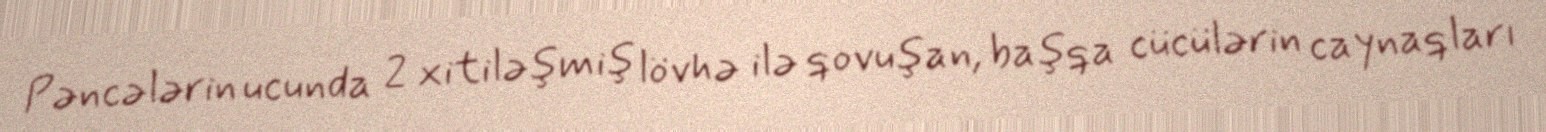
Pəncələrin ucunda 2 xitiləşmiş lövhə ilə qovuşan, başqa cücülərin caynaqları